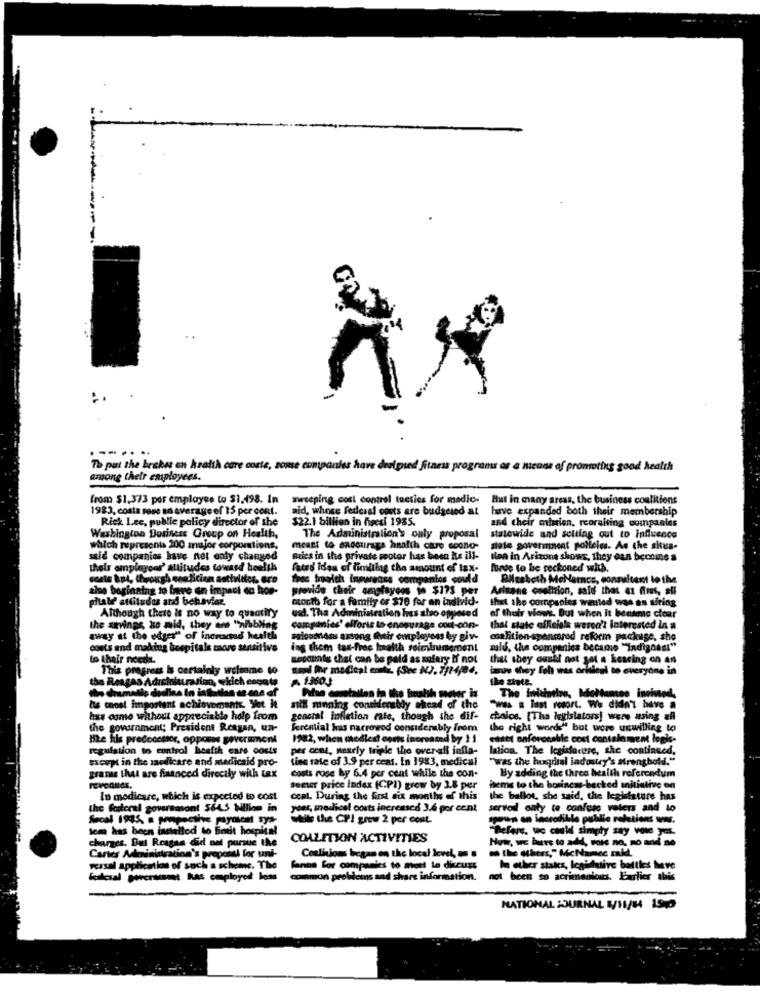
.--.. ..
To put the brakes en health care corte, some companies have designed fitness programs as a means of promoting good health
among their employees.
from $1.373 por employee to $1,498. In
sweeping cost control tactics for madic- But in many areas, the business coalitions
1983, costa rese an average ef 15 per cont.
aid, whose federal costs are budgeted at
have expanded both their membership
Rick Lec, public policy director of the
$22.1 billion in fiscal 1985.
and their mission, reoraiting companies
Washington Dosiness Group on Health,
The Administration's only proposal
statewide and setting out to influence
which represents 200 major corporations,
meant to snostraga health care econo-
sale goverminent polleins. As the situa-
said companies have not only changed
mies in the private seotor has been Ite ill-
ilan in Arizone shows, they can become a
theis omplecos' attitudes toward boelths
faces Idou of limiting the amount of Iax.
forve to be reckoned with.
soste hat, through esa Scion astiulties, erD
thec boleh Insureass companies
Allesboth MoNamnce, consultent lo the
zles beginning to five an impact en hoe-
provide their canstaycos in $175 per
Asinone condition, said that at ffres, ail
phtale' attitudes and behaviez.
month for a family or $70 for an individ-
that the companies wanted was es siring
Although there is no way to quantity
udl. Tha Administration has also opposed
of their views. But when it bensnic clear
the savings to mid, they are "nibbling
companies' efforts to encourage coc-con-
that state officials weren't interested la a
away at the eiger" of incnacad health
salopinides axsong their employees by giv-
coalition-sponsored reform packuse, she
costs and making hospitals more sensitive
ing them tax-free health soimnisumement
aald, the companies became ""indignası"
to their needs.
wcounts that can be paid as safary If not
that they ounid not get a kescing on an
This pragress is certainly weimme 10
inuw they fel was orilegi to everyone in
the Reagas Administration, which cogote
. 1360J
the shte.
The initiative, Moltames inived,
bis cnost important achievements. Yet it
Pulse emstallen in the balsh mower is
nill running considerably ahead of the
"was a last resort. We didn't have a
has come without appreciable help from
general inflation rate, though the dif-
chalcs. [The legislators] were using zAl
the government; President Reagan, un-
ferential has narrowod considerably from
the right words" but were unwilling to
Be his predecessor, opposes government
1982, when medledt costs increased by 11
etter onforocalile cost containment logis.
regulation to control health care costs
per cent, nearly triple the overall infla-
lation. The legislature, she continued,
Frevpt in the saudicare and medicaid pro-
ting rate of 3.9 per cent. In 1983, medical
"was the hugdial industry's stronghold."
costs rose by 6.4 per cent while the con-
By adding the three health referendum
gramas that are financed directly with tax
revenues.
somer price index (CPI) grew by 3.8 per
hems to the bosiness-backed initiative on
In medicare, which is expected to cost
ceal. During the first six months of this
the ballot, she said, the legislature has
the footeral goverssont 564.5 billion in
year, modlicel costs increased 3.6 per cent
servod only to confuse velers and to
proyecthe payment sys- while the CPI grew 2 per cent.
aun an incredible public relations war.
lem has been installed to Boeit hospital
"Before, we could simply say vote y.
charges. But Reagan did nel pursue the
COALITION ACTIVITIES
Now, we bers to add, voic no, no and no
Contijons began on the local level, os a
the "hers," MeNamec maid.
Carter Administration's weposel for uni-
yessal application of such a schonc. The
fanos for companies to moet lo discuss
In other states, legustative battles have
folcsal porcrime kas employed less
common problems and share information.
not been so acrimonious. Earlier abis
NATIONAL :JURNAL 4/11/H 150